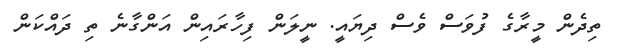
ތިދެން މީރާގެ ފުވަސް ވެސް ދިޔައީ. ނީލަން ފިހާރައިން އަންގާނެ ތި ދައްކަން